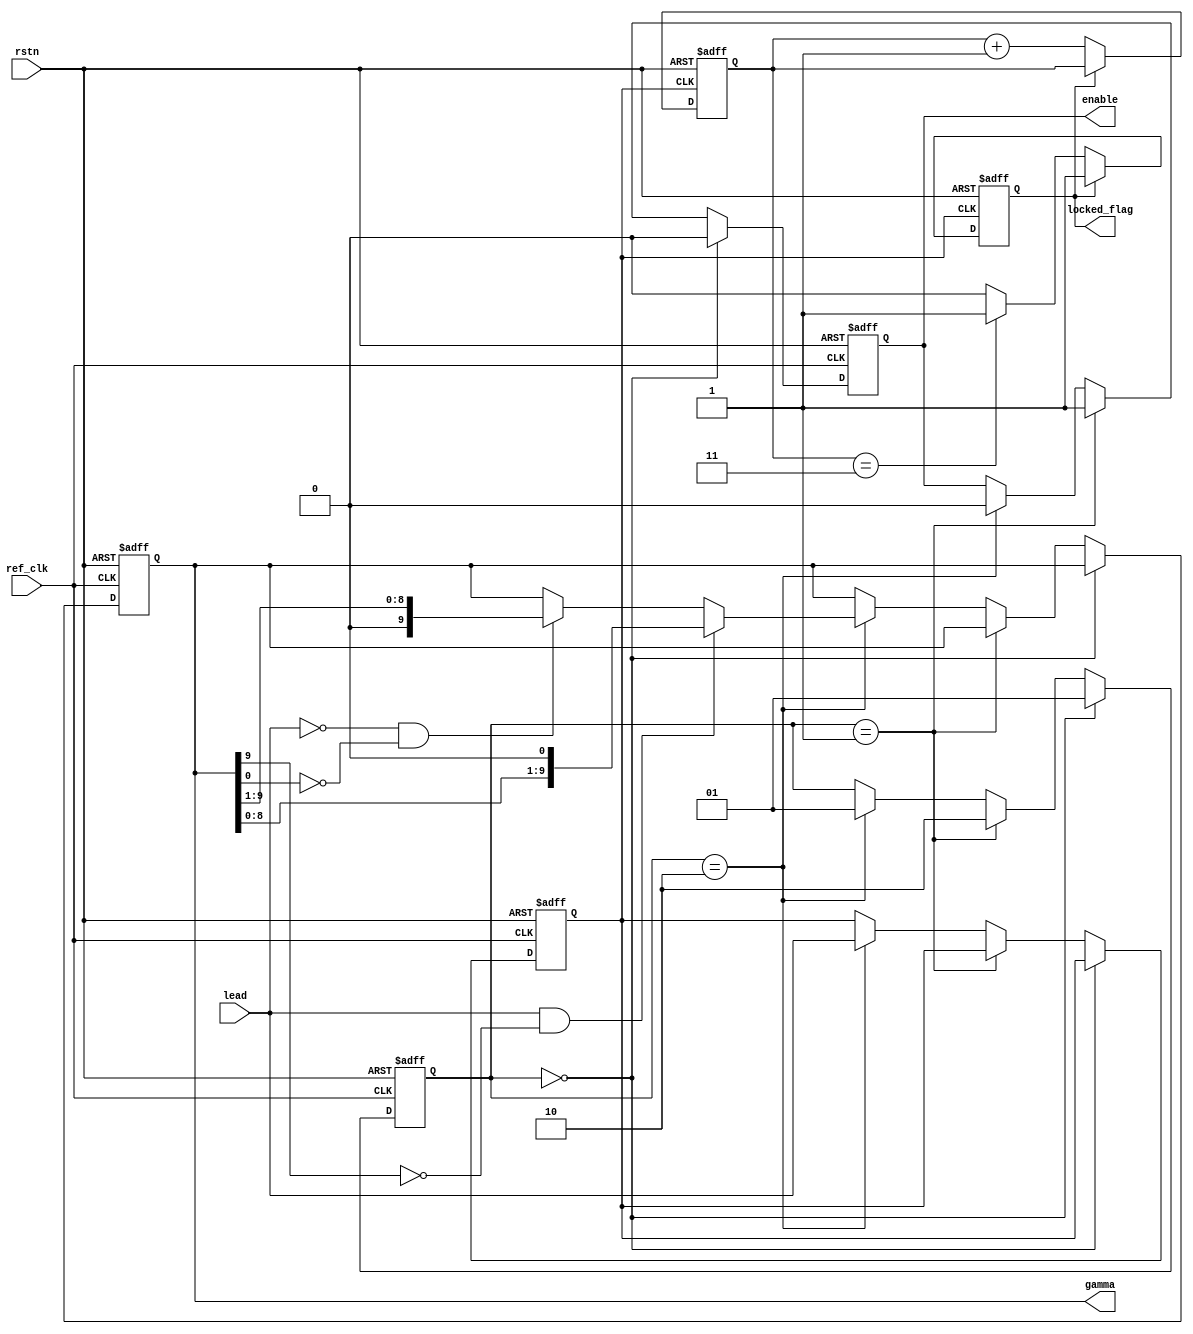
module controller(
	input	wire	ref_clk,
	input	wire	rstn,
	output	reg	enable,
	input	wire	lead,
	output	reg	[9:0]	gamma,
	output	reg	locked_flag
);
wire clk;
assign clk = ref_clk;
reg pre_lead;
//(* dont_touch = yes *) wire pre_lead_0;
//reg pre_lead;
//assign pre_lead_0 = pre_lead;
reg [1:0]	state;
reg [1:0]	cnt;

always@(posedge clk or negedge rstn)begin
	if(rstn == 0)begin
		state <= 0;
		gamma <= 1;
		enable <= 0;
		pre_lead <= 0;
	end
	else begin
		if(state == 0)begin
			gamma <= gamma;
			enable <= 0;
			state <= 1;
			
		end
		else if(state == 1)begin
			gamma <= gamma;
			enable <= 1;
			state <= 2;
		end
		else if(state == 2)begin
			state <= 1; 
			enable <= 0;
			pre_lead <= lead;
			if(lead == 1 && !gamma[9])begin
				gamma <= (gamma << 1);
			end
			else if(lead == 0 && !gamma[0]) begin
				gamma <= (gamma >> 1);
			end
		end
		
	end
end

always@(posedge pre_lead or negedge rstn)begin
	if(rstn==0)begin
		cnt <= 0;
		locked_flag <= 0;
	end
	else begin
		if(~locked_flag)begin
		    cnt <= cnt + 1;
		    if(cnt==2'd3) begin
		    	locked_flag <= 1;
		    end
		end		  
	end
end






endmodule